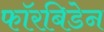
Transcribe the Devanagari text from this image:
फॉरबिडेन